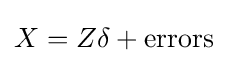
X=Z\delta +{\text{errors}}